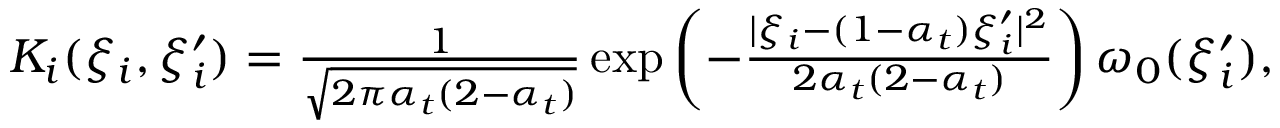
\begin{array} { r } { K _ { i } ( \xi _ { i } , \xi _ { i } ^ { \prime } ) = \frac { 1 } { \sqrt { 2 \pi \alpha _ { t } ( 2 - \alpha _ { t } ) } } \exp \left( - \frac { | \xi _ { i } - ( 1 - \alpha _ { t } ) \xi _ { i } ^ { \prime } | ^ { 2 } } { 2 \alpha _ { t } ( 2 - \alpha _ { t } ) } \right) \omega _ { 0 } ( \xi _ { i } ^ { \prime } ) , } \end{array}